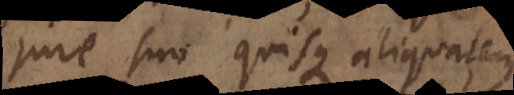
jure suo quisque aliquatenus